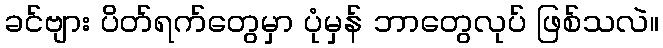
ခင်ဗျား ပိတ်ရက်တွေမှာ ပုံမှန် ဘာတွေလုပ် ဖြစ်သလဲ။